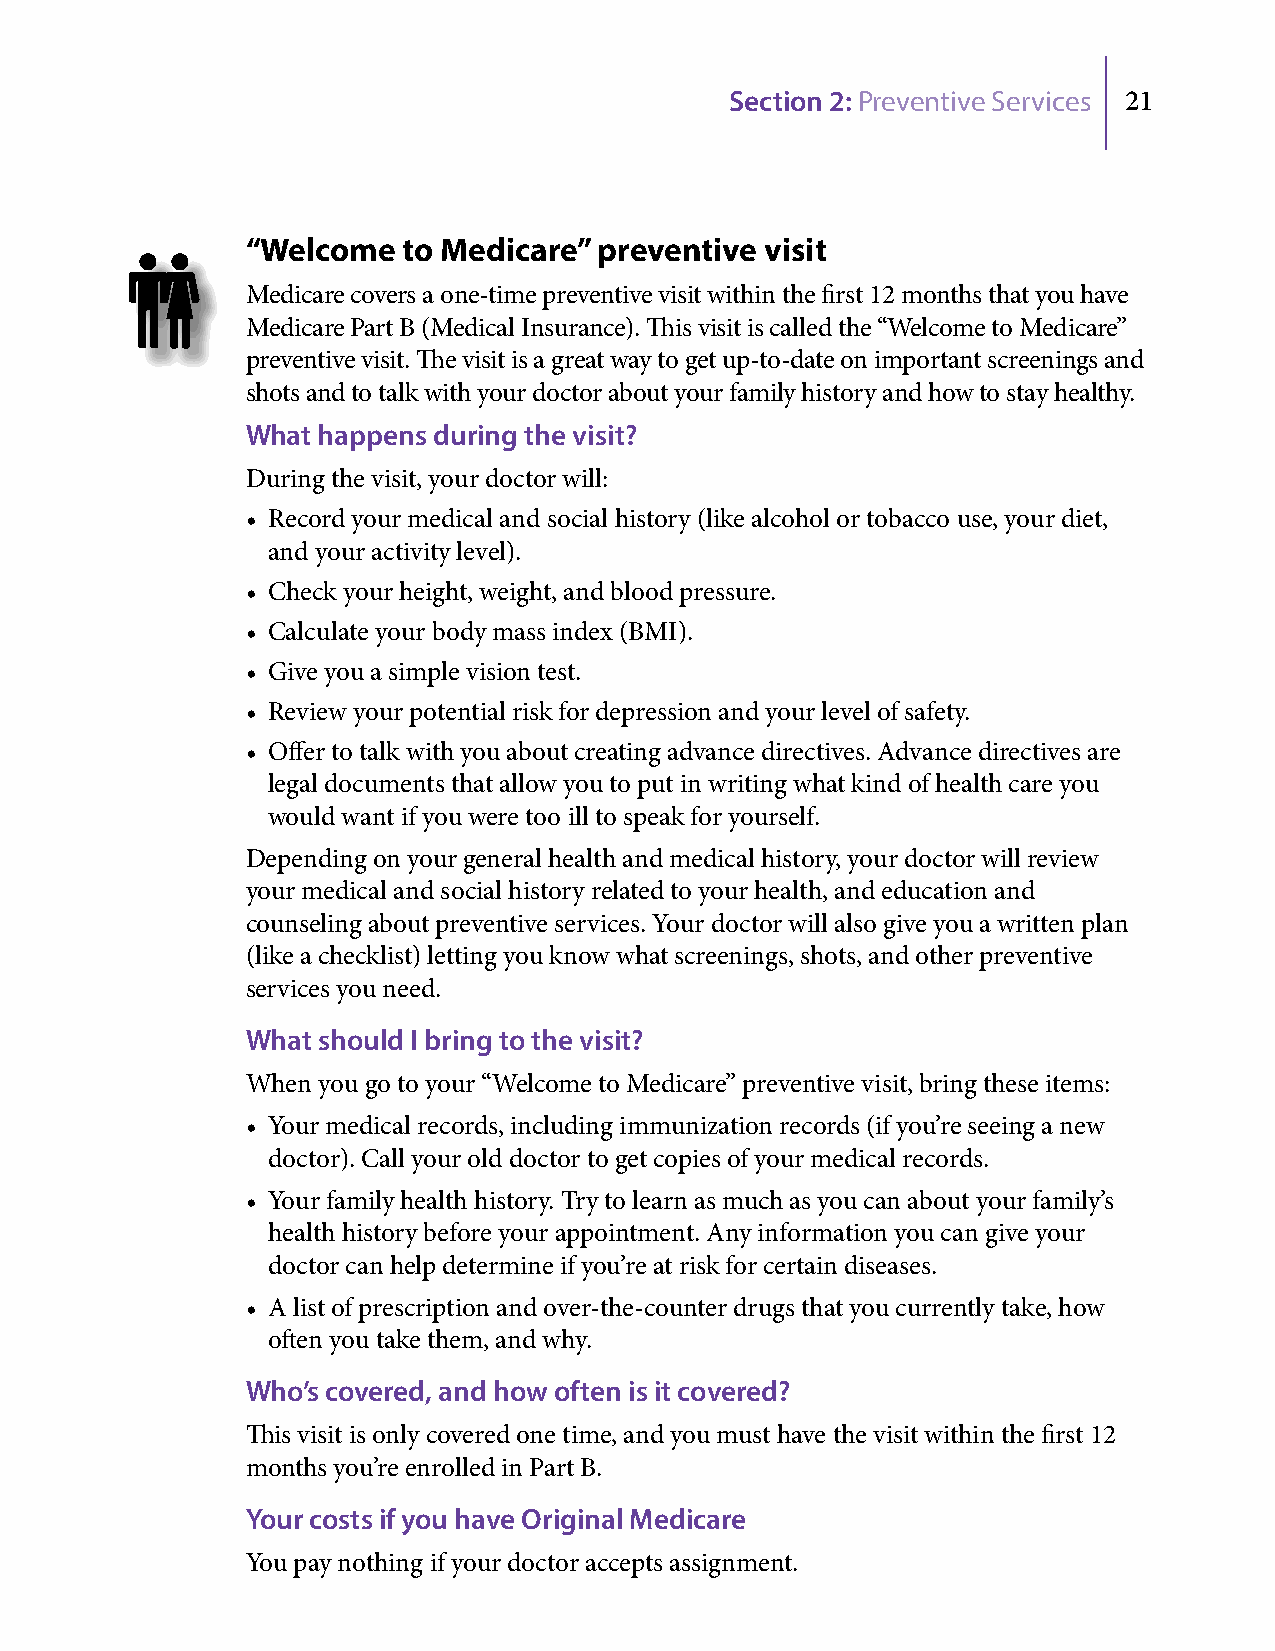
Section 2: Preventive Services 21
 “Welcome   to Medicare” preventive visit
 Medicare covers a one-time preventive visit within the first 12 months that you have
 Medicare Part B (Medical Insurance). This visit is called the “Welcome to Medicare”
 preventive visit. The visit is a great way to get up-to-date on important screenings and
 shots and to talk with your doctor about your family history and how to stay healthy.
 What happens during the visit?
 During the visit, your doctor will:
 • Record your medical and social history (like alcohol or tobacco use, your diet,
 and your activity level).
 • Check your height, weight, and blood pressure.
 • Calculate your body mass index (BMI).
 • Give you a simple vision test.
 • Review your potential risk for depression and your level of safety.
 • Offer to talk with you about creating advance directives. Advance directives are
 legal documents that allow you to put in writing what kind of health care you
 would want if you were too ill to speak for yourself.
 Depending on your general health and medical history, your doctor will review
 your medical and social history related to your health, and education and
 counseling about preventive services. Your doctor will also give you a written plan
 (like a checklist) letting you know what screenings, shots, and other preventive
 services you need.
 What should I bring to the visit?
 When you go to your “Welcome to Medicare” preventive visit, bring these items:
 • Your medical records, including immunization records (if you’re seeing a new
 doctor). Call your old doctor to get copies of your medical records.
 • Your family health history. Try to learn as much as you can about your family’s
 health history before your appointment. Any information you can give your
 doctor can help determine if you’re at risk for certain diseases.
 • A list of prescription and over-the-counter drugs that you currently take, how
 often you take them, and why.
 Who’s covered, and how often is it covered?
 This visit is only covered one time, and you must have the visit within the first 12
 months you’re enrolled in Part B.
 Your costs if you have Original Medicare
 You pay nothing if your doctor accepts assignment.